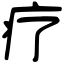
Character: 疗